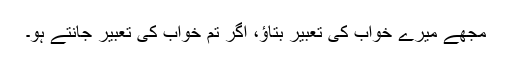
مجھے میرے خواب کی تعبیر بتاؤ، اگر تم خواب کی تعبیر جانتے ہو۔